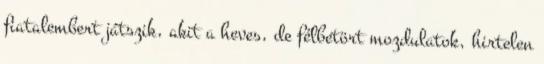
fiatalembert játszik, akit a heves, de félbetört mozdulatok, hirtelen